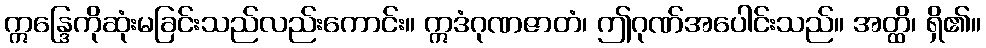
ဣန္ဒြေကိုဆုံးမခြင်းသည်လည်းကောင်း။ ဣဒံဂုဏဇာတံ၊ ဤဂုဏ်အပေါင်းသည်။ အတ္ထိ၊ ရှိ၏။